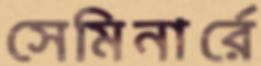
সেমিনার্রে